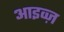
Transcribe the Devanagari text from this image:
आइव्ज़